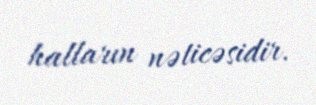
halların nəticəsidir.